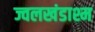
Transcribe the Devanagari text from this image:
ज्वलखंडाश्म